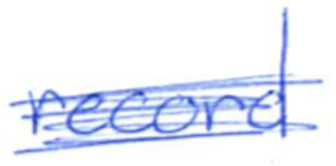
Text: record
Cross-out: scratch
Writing tool: ballpoint